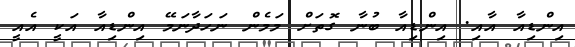
އިންޑިއާ އާއި. އިންޑިއާ ބުނާ ގޮތަށް މަމެން ނަހަދާނަމޭ އިންޑިއާ އަކީ އެއީ